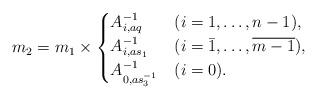
LaTeX: \begin{align*}m_2=m_1\times\begin{cases}A_{i,aq}^{-1}& (i=1,\ldots,n-1),\\ A_{i,as_1}^{-1}& (i=\bar1,\ldots,\overline{m-1}),\\ A_{0,as_3^{-1}}^{-1}& (i=0).\\ \end{cases}\end{align*}